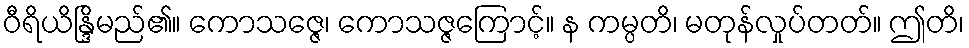
ဝီရိယိန္ဒြိမည်၏။ ကောသဇ္ဇေ၊ ကောသဇ္ဇကြောင့်။ န ကမ္ပတိ၊ မတုန်လှုပ်တတ်။ ဤတိ၊